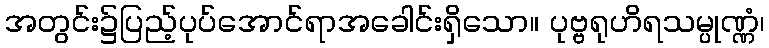
အတွင်း၌ပြည့်ပုပ်အောင်ရာအခေါင်းရှိသော။ ပုဗ္ဗရုဟိရသမ္ပုဏ္ဏံ၊